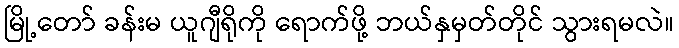
မြို့တော် ခန်းမ ယူဂျီရိုကို ရောက်ဖို့ ဘယ်နှမှတ်တိုင် သွားရမလဲ။